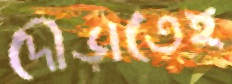
দৌড়াতেই